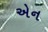
એન